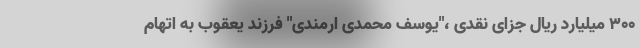
۳۰۰ میلیارد ریال جزای نقدی ،"یوسف محمدی ارمندی" فرزند یعقوب به اتهام